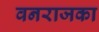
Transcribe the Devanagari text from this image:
वनराजका